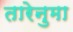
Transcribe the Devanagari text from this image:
तारेनुमा